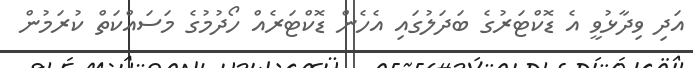
އަދި ވިދާޅުވީ އެ ޑޮކްޓަރުގެ ބަދަލުގައި އެހެން ޑޮކްޓަރެއް ހޯދުމުގެ މަސައްކަތް ކުރަމުން